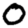
Digit: 0